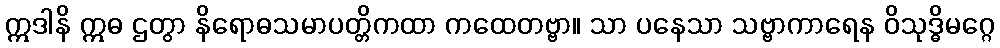
ဣဒါနိ ဣဓ ဌတွာ နိရောဓသမာပတ္တိကထာ ကထေတဗ္ဗာ။ သာ ပနေသာ သဗ္ဗာကာရေန ဝိသုဒ္ဓိမဂ္ဂေ